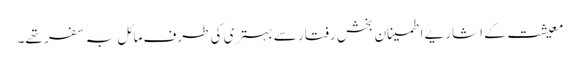
معیشت کے اشاریے اطمینان بخش رفتار سے بہتری کی طرف مائل بہ سفر تھے۔